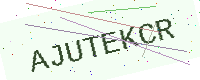
Text: AJUTEKCR